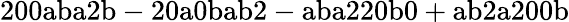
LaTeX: \mathrm{200aba2b-20a0bab2-aba220b0+ab2a200b}